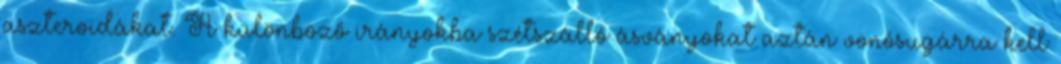
aszteroidákat. A különböző irányokba szétszálló ásványokat aztán vonósugárra kell